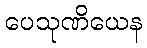
ပေသုဏိယေန